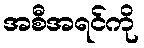
အစီအရင်ကို